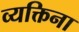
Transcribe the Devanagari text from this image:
व्यक्तिना